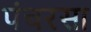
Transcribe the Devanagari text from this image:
पंचरसा